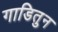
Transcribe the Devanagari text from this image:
गाडितुन